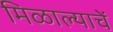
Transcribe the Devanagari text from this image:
मिळाल्याचें